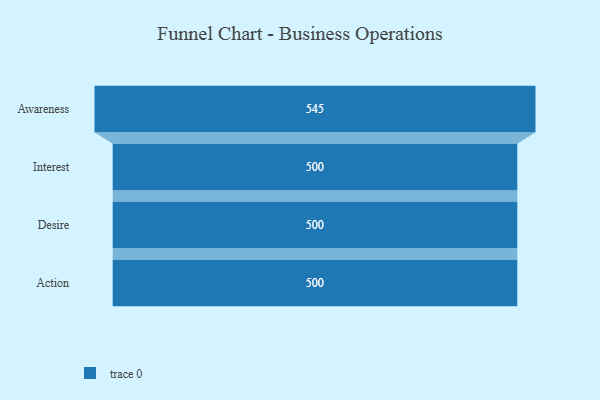
{"axis": {"x": "Stage", "y": "Value"}, "legend": [""], "data": [{"x": "Awareness", "y": 545.0, "type": ""}, {"x": "Interest", "y": 500, "type": ""}, {"x": "Desire", "y": 500, "type": ""}, {"x": "Action", "y": 500, "type": ""}]}